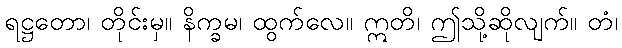
ရဋ္ဌတော၊ တိုင်းမှ။ နိက္ခမ၊ ထွက်လေ။ ဣတိ၊ ဤသို့ဆိုလျက်။ တံ၊